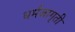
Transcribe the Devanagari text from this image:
धर्मजागृती